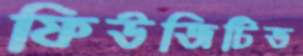
ফিউজিটিভ